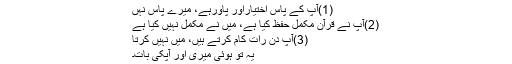
(1)آپ کے پاس اختياراور پاورہے، ميرے پاس نہں
(2)آپ نے قرآن مکمل حفظ کيا ہے، ميں نے مکمل نہیں کیا ہے
(3)آپ دن رات کام کرتے ہيں، ميں نہیں کرتا
یہ تو ہوئی ميری اور آپکی بات۔